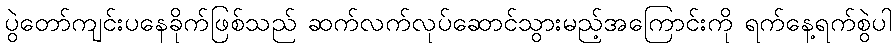
ပွဲတော်ကျင်းပနေခိုက်ဖြစ်သည် ဆက်လက်လုပ်ဆောင်သွားမည့်အကြောင်းကို ရက်နေ့ရက်စွဲပါ